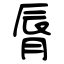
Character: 脣